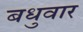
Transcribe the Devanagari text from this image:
बधुवार